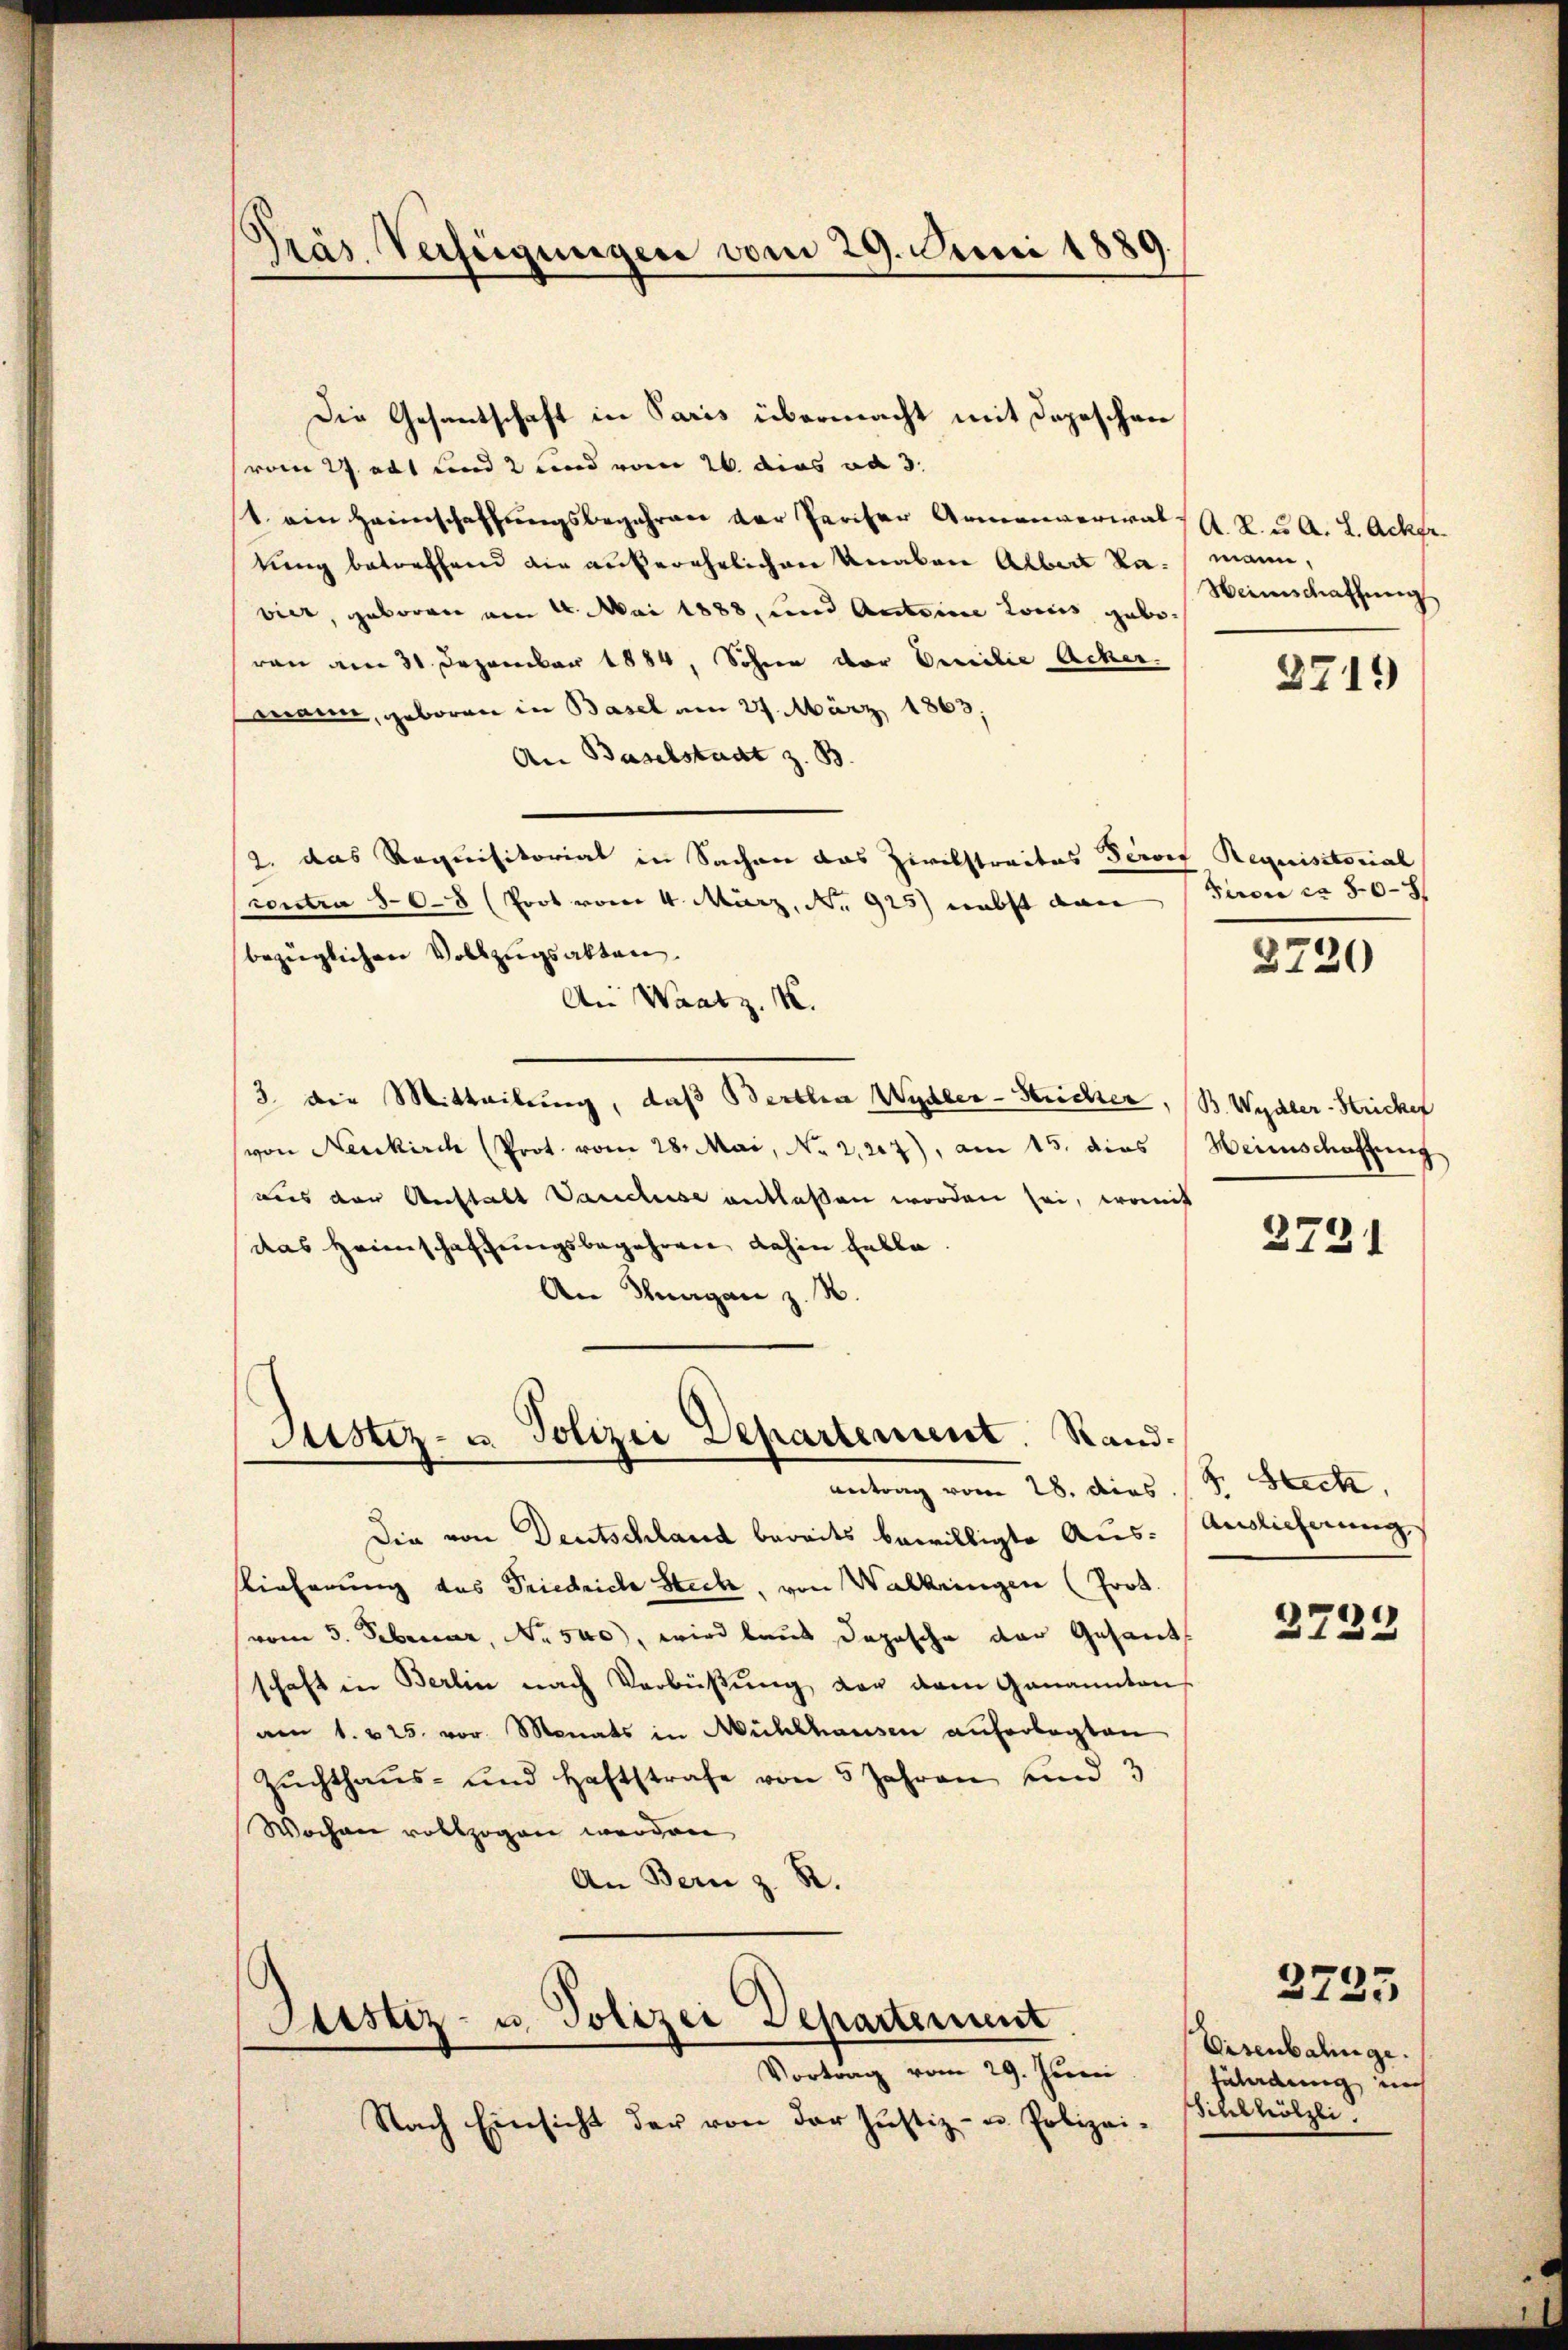
Präs. Verfügungen vom 29. Juni 1889.

Die Gesantschaft in Paris übermacht mit Depeschen
vom 27 abt und 2 und vom 26. dies ad 3.
1. ein Heimschaffungsbegehren der Pariser Armenverwal A. R. u. A. L. Acker
tung betreffend die außerehrlichen Knaben Albert Ramann,
vier, geboren am 4. Mai 1888, und Andeine Lociis gebovon am 31. Dezember 1884, Sohnen der Civilie Acker.
Conau, geboren in Basel am 27. März 1863;
An Baselstadt z. B.
2. das Requisitoriat in Sachen das Zivilstraites Peroef Requisitorial
contra 508 (Prot vom 4. März, No. 925) nebst dan
bezüglichen Vollzugsakten.
An Waatz. 18.
3 die Mitteilung, daβ Bertha Wydler-Stricher, (B. Wydler-Strickel
(von Neukirch (Prot. vom 28. Mai, No 2,217), am 15. dies Heimschaffung
aus der Anstalt Vancluse entlaßen worden sei, womit
das Heimschaffungsbegehren, dahin falle.
An Knagan z. B.

Justiz- u. Polizei Departement. Stand.
Antrag vom 28. dies (s. Steck,

slieferung des Friedriche Steck, von Walkringen (Prot.
vom 3. Februar, No. 500), wird laus Depesche der Gesant
schaft in Berlin nach Verbüßung der dem Genannten
am 1. 225. vor. Monats in Mühlhausen auferlegten
Zŭchthaŭs- und Haftstrafe von 5 Jahren und 3
Wochen vollzogen werden
An Bern z. B.

Justiz- u. Polizei Departement
Vortrag vom 29. Juni

Nach Einsicht der von der Justiz- u. Polizei-

Die von Deutschland bereits bewilligte Aus- (Auslieferung

Weinschaffung
2719

Prore ca 80–8

3730

2731

1)
375.

Eisenbahnge.
Füladung noch
Schlhölzli.

2735